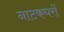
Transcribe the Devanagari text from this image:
नाटकघरों